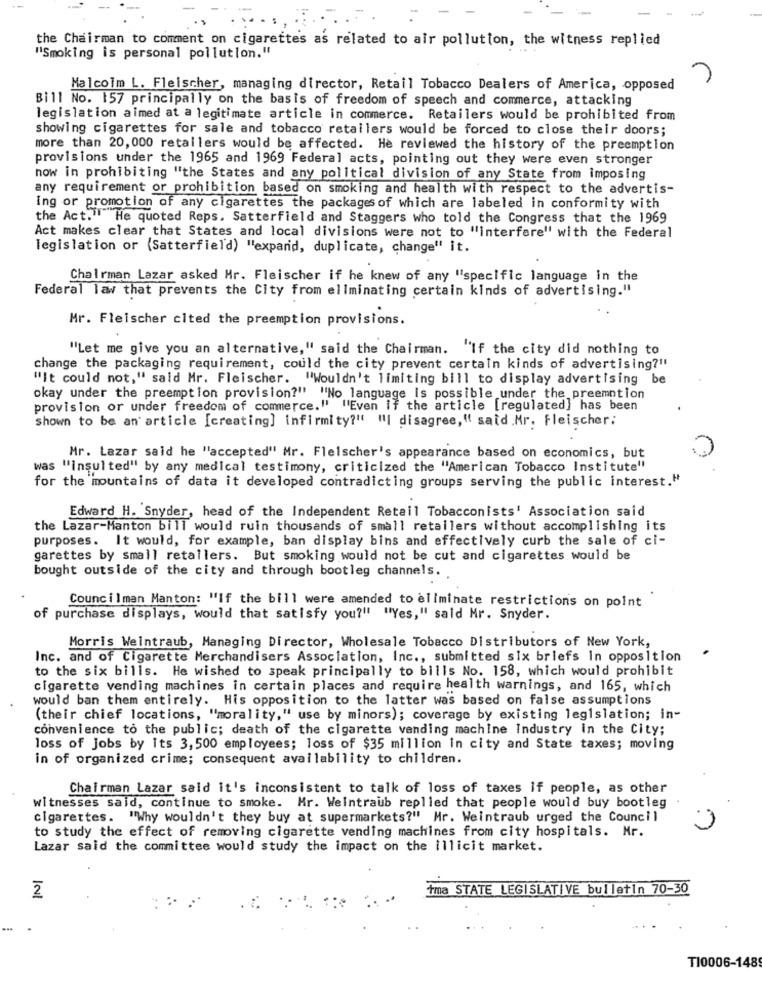
the Chairman to comment on cigarettes as related to air pollution, the witness replied
"Smoking is personal pollution."
Malcolm L. Fleischer, managing director, Retail Tobacco Dealers of America, opposed
Bill No. 157 principally on the basis of freedom of speech and commerce, attacking
legislation aimed at a legitimate article in commerce. Retailers would be prohibited from
showing cigarettes for sale and tobacco retailers would be forced to close their doors;
more than 20, 000 retailers would be affected. He reviewed the history of the preemption
provisions under the 1965 and 1969 Federal acts, pointing out they were even stronger
now in prohibiting "the States and any political division of any State from imposing
any requirement or prohibition based on smoking and health with respect to the advertis-
ing or promotion of any cigarettes the packages of which are labeled in conformity with
the Act."He quoted Reps. Satterfield and Staggers who told the Congress that the 1969
Act makes clear that States and local divisions were not to "interfere" with the Federal
legislation or (Satterfield) "expand, duplicate, change" it.
Chairman Lazar asked Hr. Fleischer if he knew of any "specific language in the
Federal law that prevents the City from eliminating certain kinds of advertising."
Mr. Fleischer cited the preemption provisions.
"Let me give you an alternative," said the Chairman. "If the city did nothing to
change the packaging requirement, could the city prevent certain kinds of advertising?"
"It could not," said Mr. Fleischer. "Wouldn't limiting bill to display advertising be
okay under the preemption provision?" "No language is possible under the preemption
provision or under freedom of commerce." "'Even if the article [regulated] has been
shown to be an article [creating] infirmity?" "| disagree," said.Mr. fleischer;
Mr. Lazar said he "accepted" Mr. Fleischer's appearance based on economics, but
was "insulted" by any medical testimony, criticized the "American Tobacco Institute"
for the mountains of data it developed contradicting groups serving the public interest."
Edward H. Snyder, head of the Independent Retail Tobacconists' Association said
the Lazar-Manton bill would ruin thousands of small retailers without accomplishing its
purposes. It would, for example, ban display bins and effectively curb the sale of ci-
garettes by small retailers. But smoking would not be cut and cigarettes would be
bought outside of the city and through bootleg channels.
Councilman Manton: "If the bill were amended to eliminate restrictions on point
of purchase displays, would that satisfy you?" "Yes," said Mr. Snyder.
Morris Weintraub, Managing Director, Wholesale Tobacco Distributors of New York,
Inc. and of Cigarette Merchandisers Association, Inc ., submitted six briefs in opposition
to the six bills. He wished to speak principally to bills No. 158, which would prohibit
cigarette vending machines in certain places and require health warnings, and 165, which
would ban them entirely. His opposition to the latter was based on false assumptions
(their chief locations, "morality," use by minors); coverage by existing legislation; in-
convenience to the public; death of the cigarette vending machine Industry in the City;
loss of Jobs by its 3, 500 employees; loss of $35 million in city and State taxes; moving
in of organized crime; consequent availability to children.
Chairman Lazar said it's inconsistent to talk of loss of taxes if people, as other
witnesses said, continue to smoke. Mr. Weintraub replied that people would buy bootleg
cigarettes. "Why wouldn't they buy at supermarkets?" Mr. Weintraub urged the Council
to study the effect of removing cigarette vending machines from city hospitals. Mr.
Lazar said the committee would study the impact on the illicit market.
İma STATE LEGISLATIVE bulletin 70-30
2
T10006-148